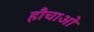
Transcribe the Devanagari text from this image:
हौचाओ